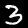
Label: 3